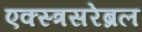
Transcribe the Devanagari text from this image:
एक्स्त्रसरेब्रल